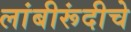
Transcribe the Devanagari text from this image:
लांबीरूंदीचे